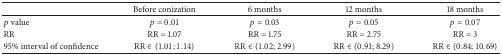
<table><thead><tr><td><b> </b></td><td><b>Before conization</b></td><td><b>6 months</b></td><td><b>12 months</b></td><td><b>18 months</b></td></tr></thead><tbody><tr><td><i>p</i> value</td><td><i>p</i> = 0.01</td><td><i>p</i> = 0.03</td><td><i>p</i> = 0.05</td><td><i>p</i> = 0.07</td></tr><tr><td>RR</td><td>RR = 1.07</td><td>RR = 1.75</td><td>RR = 2.75</td><td>RR = 3</td></tr><tr><td>95% interval of confidence</td><td>RR ∈ (1.01; 1.14)</td><td>RR ∈ (1.02; 2.99)</td><td>RR ∈ (0.91; 8.29)</td><td>RR ∈ (0.84; 10.69)</td></tr></tbody></table>